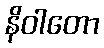
နိဝါတော